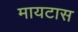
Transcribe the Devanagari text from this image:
मायटास